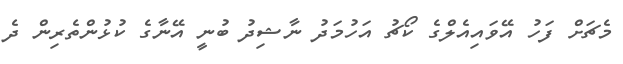
މެޗަށް ފަހު އޭވައިއެލްގެ ކޯޗު އަހުމަދު ނާޝިދު ބުނީ އޭނާގެ ކުޅުންތެރިން ދެ